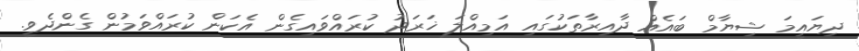
ދިޔައީމަ ޝިޔާމް ބައެއް ދާއިރާތަކުގައި އަމިއްލަ ޚަރަދު ކުރައްވައިގެން އެކަން ކުރައްވަމުން ގެންދެވީ.